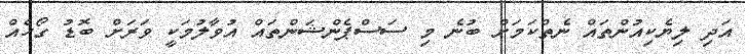
އަދި ލިޔެކިއުންތައް ނެތްކަމަށް ބުނެ މި ސަސްޕެންޝަންތައް އުވާލުމަކީ ވަރަށް ބޮޑު ގޯހެއް